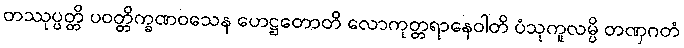
တဿုပ္ပတ္တိ ပဝတ္တိက္ခဏဝသေန ဟေဋ္ဌတောတိ လောကုတ္တရာနေဝါတိ ပံသုကူလမ္ပိ တဏှဂတံ